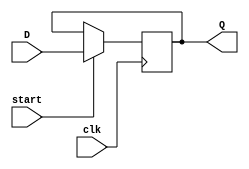

module shift_reg (
		input clk,
		input start,
		input signed [255:0] D,
		output reg signed [255:0] Q
);

initial begin
Q = 256'b0;
end

always @ (posedge clk) 
begin
if (start) begin
	Q <= D;
end
end
endmodule